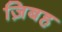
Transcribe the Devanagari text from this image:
ज़िबह